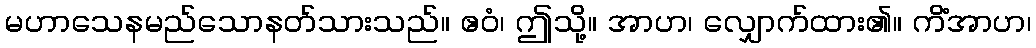
မဟာသေနမည်သောနတ်သားသည်။ ဧဝံ၊ ဤသို့။ အာဟ၊ လျှောက်ထား၏။ ကိံအာဟ၊